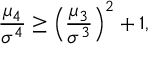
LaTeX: { \frac { \mu _ { 4 } } { \sigma ^ { 4 } } } \geq \left( { \frac { \mu _ { 3 } } { \sigma ^ { 3 } } } \right) ^ { 2 } + 1 ,